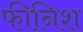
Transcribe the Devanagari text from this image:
फीनिश